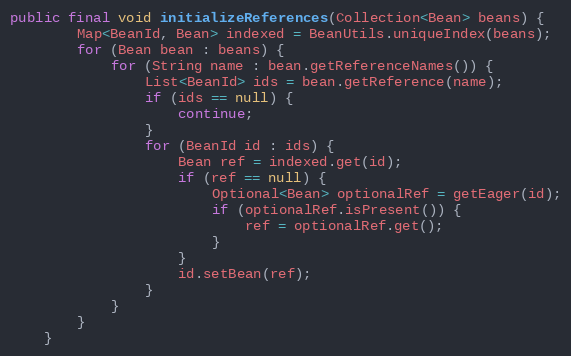
Language: Java
public final void initializeReferences(Collection<Bean> beans) {
        Map<BeanId, Bean> indexed = BeanUtils.uniqueIndex(beans);
        for (Bean bean : beans) {
            for (String name : bean.getReferenceNames()) {
                List<BeanId> ids = bean.getReference(name);
                if (ids == null) {
                    continue;
                }
                for (BeanId id : ids) {
                    Bean ref = indexed.get(id);
                    if (ref == null) {
                        Optional<Bean> optionalRef = getEager(id);
                        if (optionalRef.isPresent()) {
                            ref = optionalRef.get();
                        }
                    }
                    id.setBean(ref);
                }
            }
        }
    }